Lunatic asylums in Bengal annual reports 1899-1911 - 1899-1911
Year: 1899
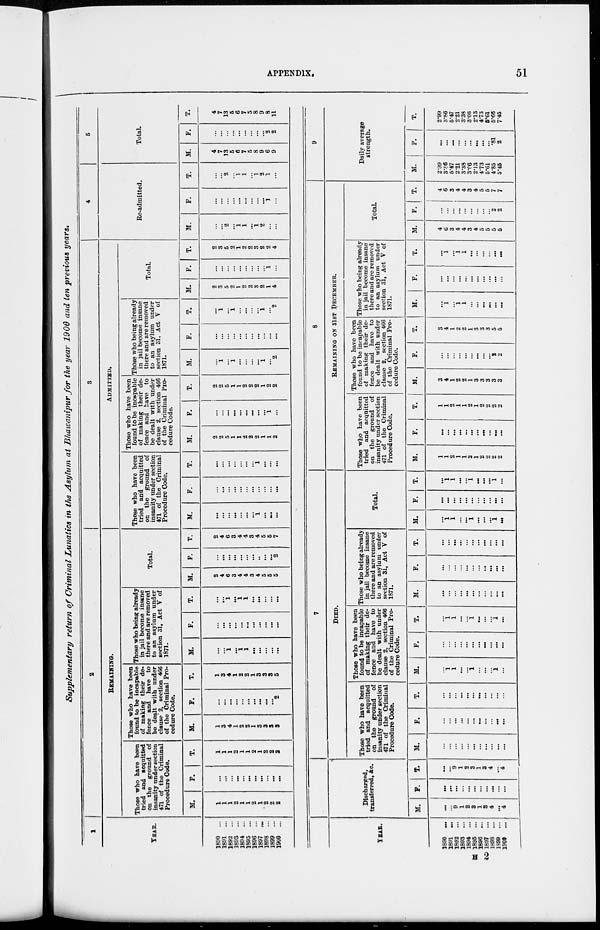
APPENDIX.
51
Supplementary return of Criminal Lunatics in the Asylum at Bhawanipur for the year 1900 and ten previous years.
1
YEAR.
1890 ...
1891 ...
1892 ...
1893 ...
1894 ...
1895 ...
1896 ...
1897 ...
1898 ...
1899 ...
1900 ...
2
REMAINING.
Those who have been
tried and acquitted
on the ground of
insanity under section
471 of the Criminal
Procedure Code.
M.
1
1
1
2
1
1
2
1
2
2
2
F.
...
...
...
...
...
...
...
...
...
...
...
T.
1
1
1
2
1
1
2
1
2
2
2
Those who have been
found to be incapable
of making their de-
fence and have to
be dealt with under
clause 2, section 466
of the Criminal Pro-
cedure Code.
M.
1
3
4
1
2
2
1
3
3
3
3
F.
...
...
...
...
...
...
...
...
...
...
2
T.
1
3
4
1
2
2
1
3
3
3
5
Those who being already
in jail become insane
there and are removed
to an asylum under
section 31, Act V of
1871.
M.
...
...
1
...
1
1
...
...
...
...
...
F.
...
...
...
...
...
...
...
...
...
...
...
T.
...
...
1
...
1
1
...
...
...
...
...
Total.
M.
2
4
6
3
4
4
3
4
5
5
5
F.
...
...
...
...
...
...
...
..
...
...
2
T.
2
4
6
3
4
4
3
4
5
5
7
3
ADMITTED.
Those who have been
tried and acquitted
on the ground of
insanity under section
471 of the Criminal
Procedure Code.
M.
...
...
...
...
...
...
...
1
...
...
...
F.
...
...
...
...
...
...
...
...
...
...
...
T.
...
...
...
...
...
...
...
1
...
...
...
Those who have been
found to be incapable
of making their de-
fence and have to
be dealt with under
clause 2, section 466
of the Criminal Pro-
cedure Code.
M.
2
2
5
1
1
2
2
2
1
1
2
F.
...
...
...
...
...
...
...
...
...
1
...
T.
2
2
5
1
1
2
2
2
1
2
2
Those who being already
in jail become insane
there and are removed
to an asylum under
section 31, Act V of
1871.
M.
...
1
...
1
...
...
...
...
1
...
2
F.
...
...
...
...
...
...
...
...
...
...
...
T.
...
1
...
1
...
...
...
...
1
...
2
Total.
M.
2
3
5
2
1
2
2
3
2
1
4
F.
...
...
...
...
...
...
...
...
...
1
...
T.
2
3
5
2
1
2
2
3
2
2
4
4
Re-admitted.
M.
...
...
2
...
1
1
...
1
2
...
...
F.
...
...
...
...
...
...
...
...
...
1
...
T.
...
...
2
...
1
1
...
1
2
1
...
6
Total.
M.
4
7
13
6
6
7
5
8
9
6
9
F.
...
...
...
...
...
...
...
...
...
2
2
T.
4
7
13
5
6
7
5
8
9
8
11
YEAR.
1890 ...
1891 ...
1892 ...
1893 ...
1894 ...
1895 ...
1896 ...
1897 ...
1898 ...
1899 ...
1900 ...
Discharged,
transferred, &c.
M.
...
...
9
1
2
3
1
3
4
...
4
F.
...
...
...
...
...
...
...
...
...
...
...
T.
...
...
9
1
2
3
1
3
4
...
4
7
DIED.
Those who have been
tried and acquitted
on the ground of
insanity under section
471 of the Criminal
Procedure Code.
M.
...
...
...
...
...
...
...
...
...
...
...
F.
...
...
...
...
...
...
...
...
...
...
...
T.
...
...
...
...
...
...
...
...
...
...
...
Those who have been
found to be incapable
of making their de-
fence and have to
be dealt with under
clause 2, section 466
of the Criminal Pro-
cedure Code.
M.
...
1
1
...
...
1
...
...
...
1
...
F.
...
...
...
...
...
...
...
...
...
...
...
T.
...
1 1
...
...
1
...
...
...
1
...
Those who being already
in jail become insane
there and are removed
to an asylum under
section 31, Act V of
1871.
M.
...
...
...
...
...
...
...
...
...
...
...
F.
...
...
...
...
...
...
...
...
...
...
...
T.
...
...
...
...
...
...
...
...
...
...
...
Total.
M.
...
1
1
...
...
1
...
...
...
1
...
F.
...
...
...
...
...
...
...
...
...
...
...
T.
...
1
1
...
...
1
...
...
...
1
...
8
REMAINING ON 31ST DECEMBER.
Those who have been
tried and acquitted
on the ground of
insanity under section
471 of the Criminal
Procedure Code.
M.
1
1
2
1
1
2
1
2
2
2
2
F.
...
...
...
...
...
...
...
...
...
...
...
T.
1
1
2
1
1
2
1
2
2
2
2
Those who have been
found to be incapable
of making their de-
fence and have to
be dealt with under
clause 2, section 466
of the Criminal Pro-
cedure Code.
M.
3
4
1
2
2
1
3
3
3
3
3
F.
...
...
...
...
...
...
...
...
...
2
2
T.
3
4
1
2
2
1
3
3
3
5
5
Those who being already
in jail become insane
there and are removed
to an asylum under
section 31, Act V of
1871.
M.
...
1
...
1
1
...
...
...
...
...
...
F.
...
...
...
...
...
...
...
...
...
...
T.
...
1
...
1
1
...
...
...
...
...
...
Total.
M.
4
6
3
4
4
3
4
5
5
5
5
F.
...
...
...
...
...
...
...
...
...
2
2
T.
4
6
3
4
4
3
4
5
5
7
7
9
Daily average
strength.
M.
2.99
3.86
5.47
2.21
3.38
3.06
2.13
4.73
5.61
4.85
5.45
F.
...
...
...
...
...
...
...
...
...
.81
2
T.
2.99
8.86
5.47
2.21
3.38
3.06
2.13
4.73
5.61
5.66
7.45
H 2